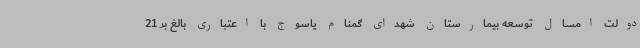
دولت امسال توسعه بیمارستان شهدای گمنام یاسوج با اعتباری بالغ بر 21